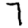
Digit: 7